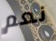
نعم